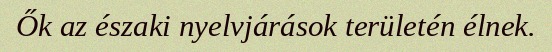
Ők az északi nyelvjárások területén élnek.